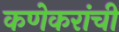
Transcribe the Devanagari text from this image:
कणेकरांची